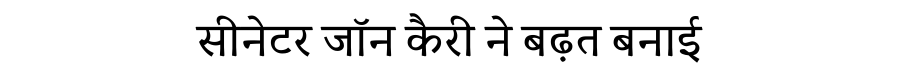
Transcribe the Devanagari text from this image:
सीनेटर जॉन कैरी ने बढ़त बनाई